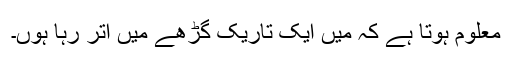
معلوم ہوتا ہے کہ میں ایک تاریک گڑھے میں اتر رہا ہوں۔